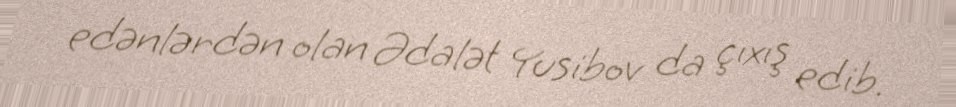
edənlərdən olan Ədalət Yusibov da çıxış edib.